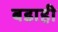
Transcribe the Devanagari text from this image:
बडाही